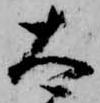
太